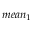
m e a n _ { 1 }